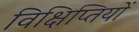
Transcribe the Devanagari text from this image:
विक्षिप्तियों